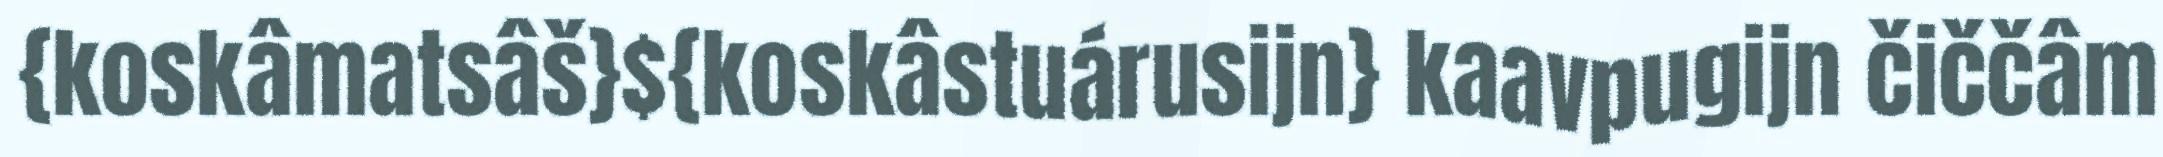
{koskâmatsâš}${koskâstuárusijn} kaavpugijn čiččâm